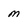
Character: m